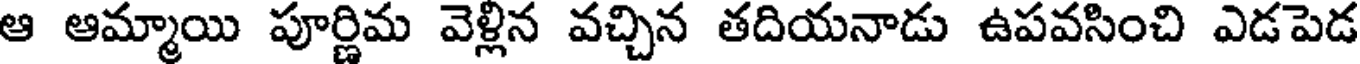
ఆ ఆమ్మాయి పూర్ణిమ వెళ్లిన వచ్చిన తదియనాడు ఉపవసించి ఎడపెడ